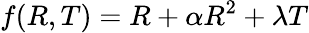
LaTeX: f(R,T)=R+\alpha R^{2}+\lambda T